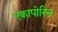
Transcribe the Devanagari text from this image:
एक्वापोरिन